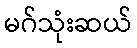
မဂ်သုံးဆယ်